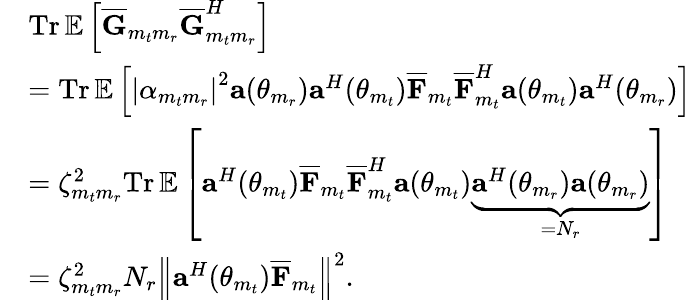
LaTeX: \begin{array}{rl}&{\textrm{Tr}\, {\mathbb{E}}\left[\overline{{\mathbf{G}}}_{m_{t}m_{r}}\overline{{\mathbf{G}}}_{m_{t}m_{r}}^{H}\right]}\\ &{=\textrm{Tr}\, {\mathbb{E}}\left[\left\lvert\alpha_{m_{t}m_{r}}\right\rvert^{2}{\mathbf{a}}(\theta_{m_{r}}){\mathbf{a}}^{H}(\theta_{m_{t}})\overline{{{\mathbf{F}}}}_{m_{t}}\overline{{{\mathbf{F}}}}_{m_{t}}^{H}{\mathbf{a}}(\theta_{m_{t}}){\mathbf{a}}^{H}(\theta_{m_{r}})\right]}\\ &{=\zeta_{m_{t}m_{r}}^{2}\textrm{Tr}\, {\mathbb{E}}\left[{\mathbf{a}}^{H}(\theta_{m_{t}})\overline{{{\mathbf{F}}}}_{m_{t}}\overline{{{\mathbf{F}}}}_{m_{t}}^{H}{\mathbf{a}}(\theta_{m_{t}})\underbrace{{\mathbf{a}}^{H}(\theta_{m_{r}}){\mathbf{a}}(\theta_{m_{r}})}_{=N_{r}}\right]}\\ &{=\zeta_{m_{t}m_{r}}^{2}N_{r}\left\lVert{\mathbf{a}}^{H}(\theta_{m_{t}})\overline{{{\mathbf{F}}}}_{m_{t}}\right\rVert^{2}.}\end{array}